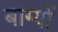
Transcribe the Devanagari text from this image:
बाग्यों